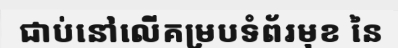
ជាប់នៅលើគម្របទំព័រមុខ នៃ